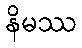
နိမဿ